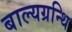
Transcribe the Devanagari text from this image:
बाल्यग्रन्थि